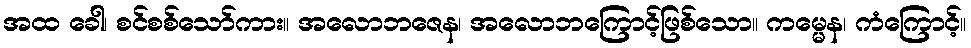
အထ ခေါ၊ စင်စစ်သော်ကား။ အလောဘဇေန၊ အလောဘကြောင့်ဖြစ်သော။ ကမ္မေန၊ ကံကြောင့်။